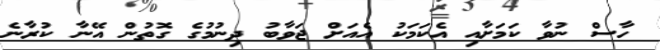
ހާސް ނުވާ ކަމަށާއި އެކަމަކު އެއަށް ޖަވާބު ދިނުމުގެ ގޮތުން އޭނާ ކުރާނެ